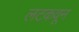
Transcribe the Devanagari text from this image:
लटकवून